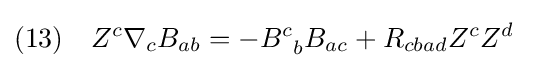
(13)\quad Z^{c}\nabla _{c}B_{ab}=-B_{\;\;b}^{c}B_{ac}+R_{cbad}Z^{c}Z^{d}\;